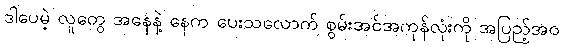
ဒါပေမဲ့ လူတွေ အနေနဲ့ နေက ပေးသလောက် စွမ်းအင်အကုန်လုံးကို အပြည့်အဝ